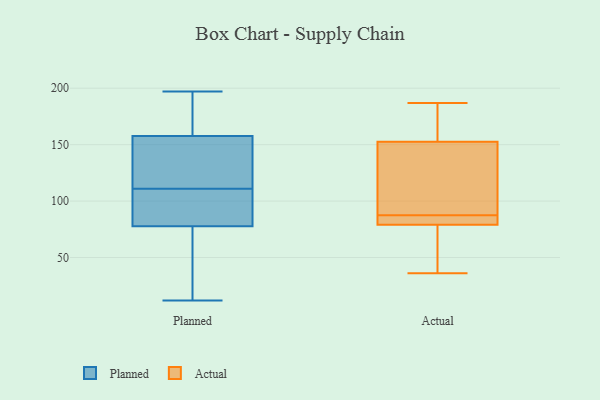
{"axis": {"x": "Demand Index", "y": "Value"}, "legend": ["Actual", "Planned"], "data": [{"x": "", "y": 75, "type": "Planned"}, {"x": "", "y": 197, "type": "Planned"}, {"x": "", "y": 144, "type": "Planned"}, {"x": "", "y": 91, "type": "Planned"}, {"x": "", "y": 58, "type": "Planned"}, {"x": "", "y": 158, "type": "Planned"}, {"x": "", "y": 111, "type": "Planned"}, {"x": "", "y": 86, "type": "Planned"}, {"x": "", "y": 177, "type": "Planned"}, {"x": "", "y": 115, "type": "Planned"}, {"x": "", "y": 35, "type": "Planned"}, {"x": "", "y": 12, "type": "Planned"}, {"x": "", "y": 86, "type": "Planned"}, {"x": "", "y": 93, "type": "Planned"}, {"x": "", "y": 138, "type": "Planned"}, {"x": "", "y": 157, "type": "Planned"}, {"x": "", "y": 12, "type": "Planned"}, {"x": "", "y": 191, "type": "Planned"}, {"x": "", "y": 163, "type": "Planned"}, {"x": "", "y": 80, "type": "Actual"}, {"x": "", "y": 126, "type": "Actual"}, {"x": "", "y": 141, "type": "Actual"}, {"x": "", "y": 79, "type": "Actual"}, {"x": "", "y": 72, "type": "Actual"}, {"x": "", "y": 150, "type": "Actual"}, {"x": "", "y": 187, "type": "Actual"}, {"x": "", "y": 79, "type": "Actual"}, {"x": "", "y": 49, "type": "Actual"}, {"x": "", "y": 155, "type": "Actual"}, {"x": "", "y": 84, "type": "Actual"}, {"x": "", "y": 36, "type": "Actual"}, {"x": "", "y": 91, "type": "Actual"}, {"x": "", "y": 176, "type": "Actual"}, {"x": "", "y": 174, "type": "Actual"}, {"x": "", "y": 79, "type": "Actual"}]}